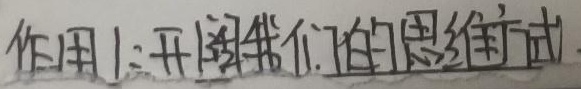
作用1:开阔我们的思维方式